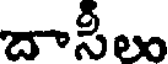
దాసీలు